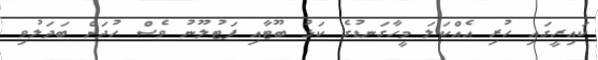
ކައިރީގައި ހުރި އެއްކަލަ މީހާގަނޑުގެ ކަޅު ބޫޓާއި ފަޓުލޫނު ވެސް ހުދަށް ބަދަލުވި